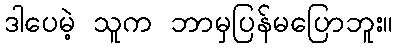
ဒါပေမဲ့ သူက ဘာမှပြန်မပြောဘူး။